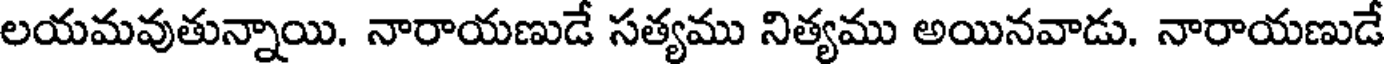
లయమవుతున్నాయి. నారాయణుడే సత్యము నిత్యము అయినవాడు. నారాయణుడే